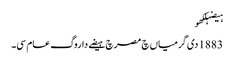
ہیضہلکھو
1883 دی گرمیاں چ مصر چ ہیضے دا روگ عام سی۔